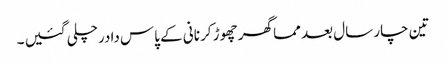
تین چار سال بعد مما گھر چھوڑ کر نانی کے پاس دادرچلی گئیں ۔